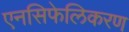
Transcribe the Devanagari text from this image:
एनसिफेलिकरण